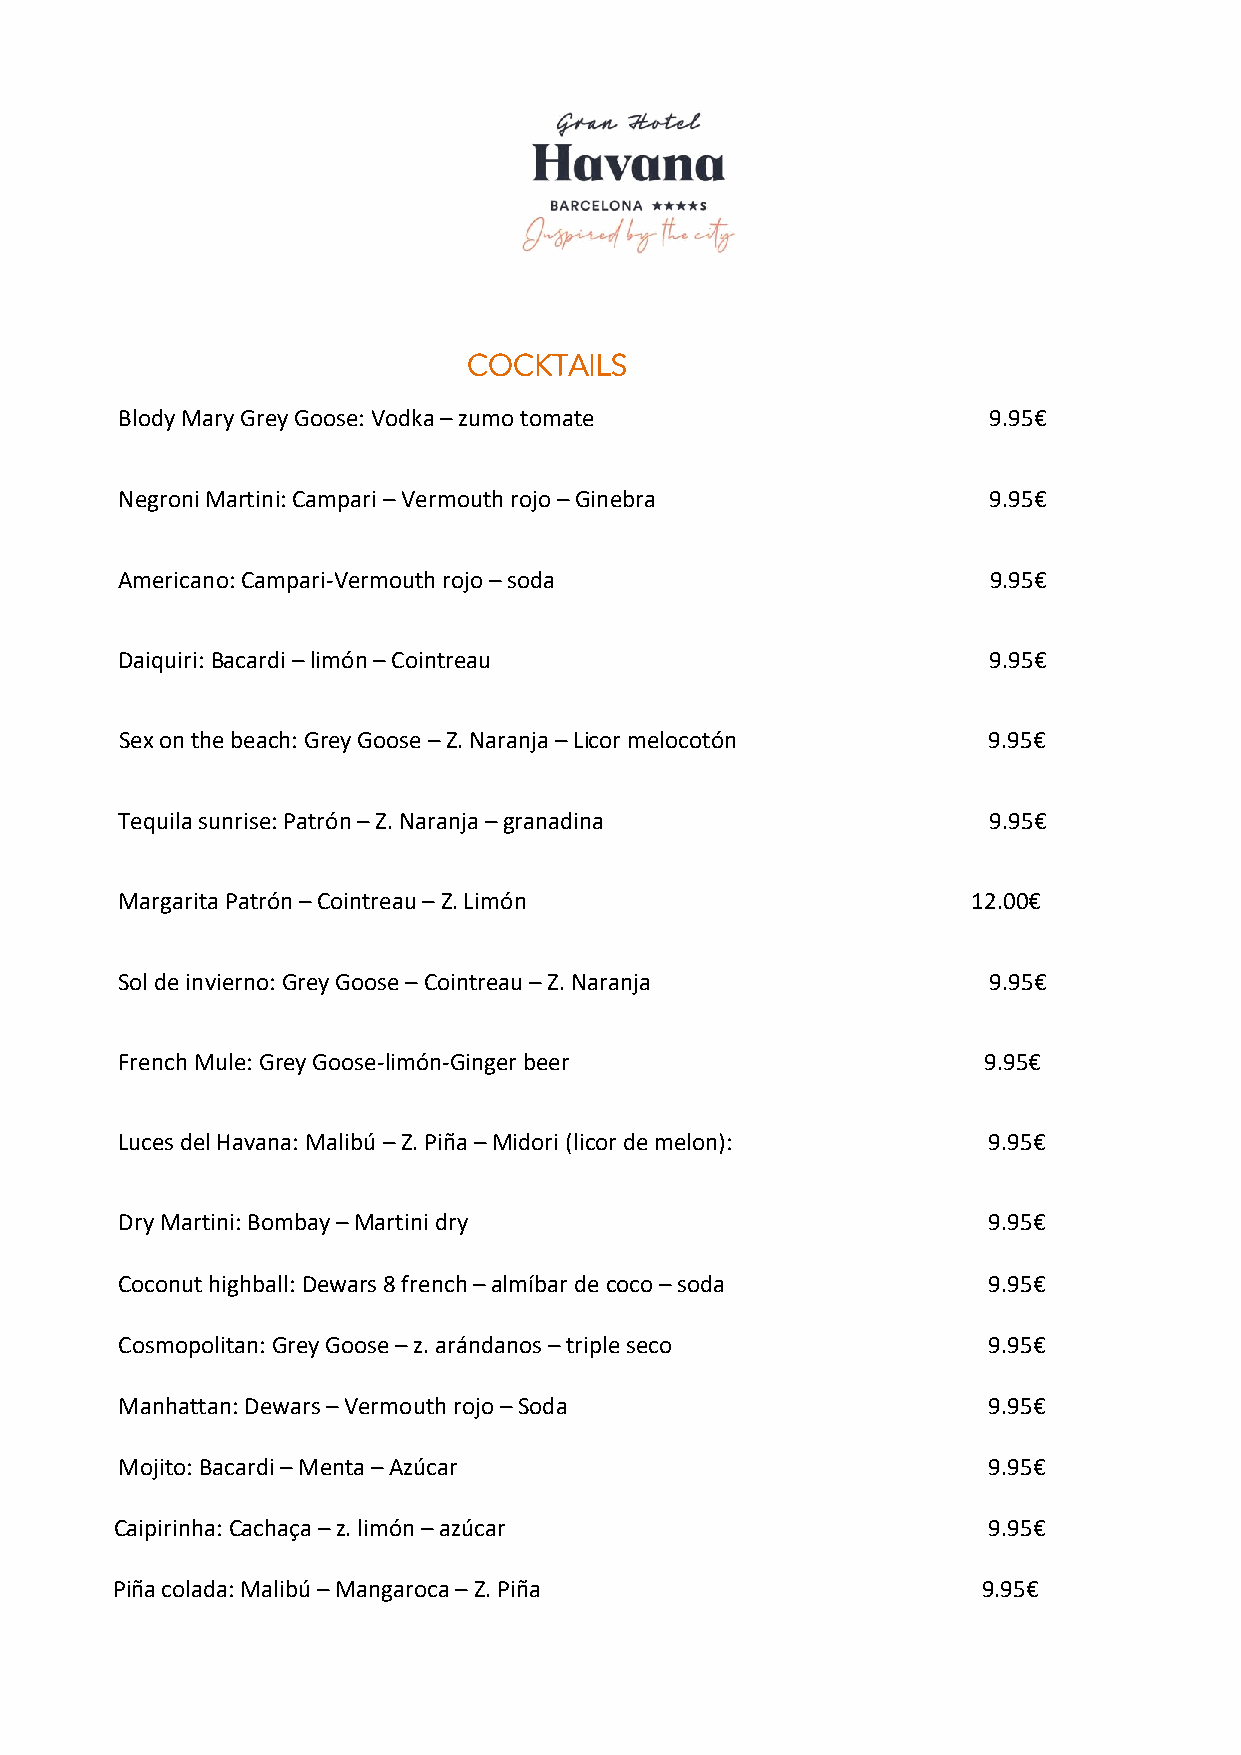
COCKTAILS
 Blody Mary Grey Goose: Vodka – zumo tomate               9.95€
 Negroni Martini: Campari – Vermouth rojo – Ginebra       9.95€
 Americano: Campari-Vermouth rojo – soda                   9.95€
 Daiquiri: Bacardi – limón – Cointreau                    9.95€
 Sex on the beach: Grey Goose – Z. Naranja – Licor melocotón 9.95€
 Tequila sunrise: Patrón – Z. Naranja – granadina         9.95€
 Margarita Patrón – Cointreau – Z. Limón                 12.00€
 Sol de invierno: Grey Goose – Cointreau – Z. Naranja     9.95€
 French Mule: Grey Goose-limón-Ginger beer                9.95€
 Luces del Havana: Malibú – Z. Piña – Midori (licor de melon): 9.95€
 Dry Martini: Bombay – Martini dry                        9.95€
 Coconut highball: Dewars 8 french – almíbar de coco – soda 9.95€
 Cosmopolitan: Grey Goose – z. arándanos – triple seco    9.95€
 Manhattan: Dewars – Vermouth rojo – Soda                 9.95€
 Mojito: Bacardi – Menta – Azúcar                         9.95€
 C aipirinha: Cachaça – z. limón – azúcar                 9.95€
 Piña colada: Malibú – Mangaroca – Z. Piña                 9.95€